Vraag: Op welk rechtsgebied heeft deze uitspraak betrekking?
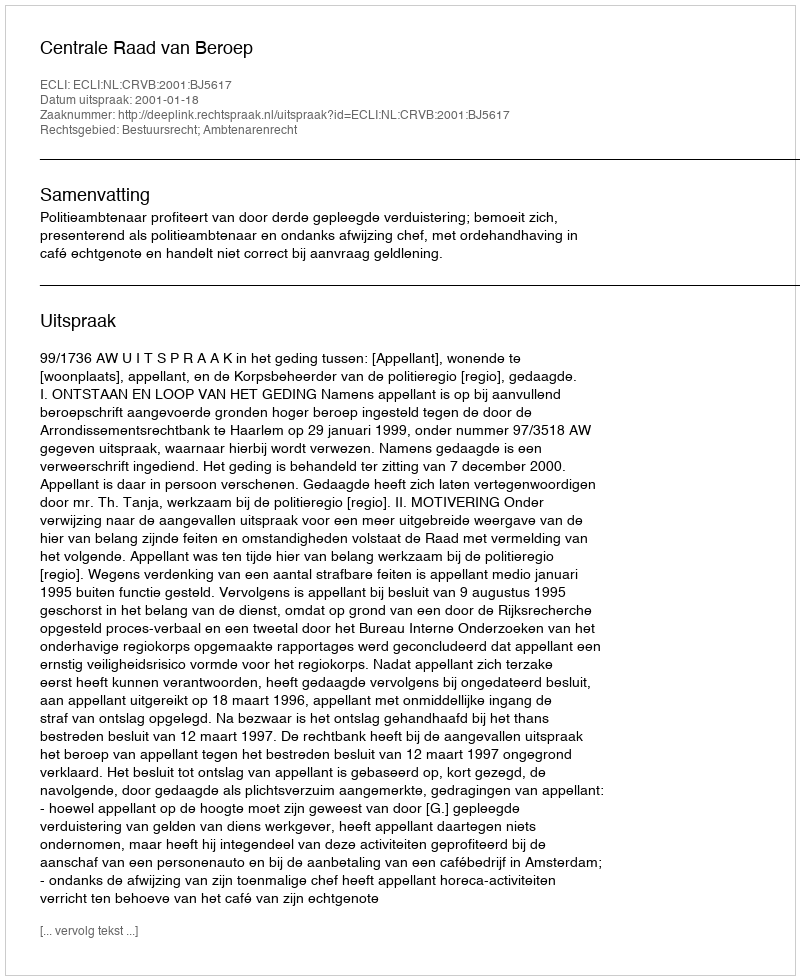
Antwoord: Bestuursrecht; Ambtenarenrecht